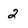
Character: 2